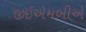
જીઈએમબીએ